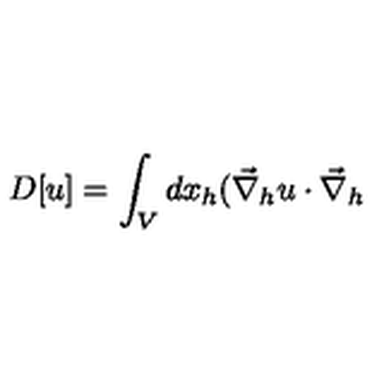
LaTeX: D [ u ] = \int _ { V } d x _ { h } ( \vec { \nabla } _ { h } u \cdot \vec { \nabla } _ { h }